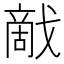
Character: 𰒰